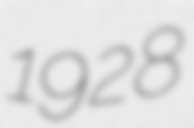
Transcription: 1928